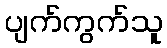
ပျက်ကွက်သူ